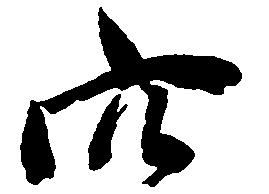
穴